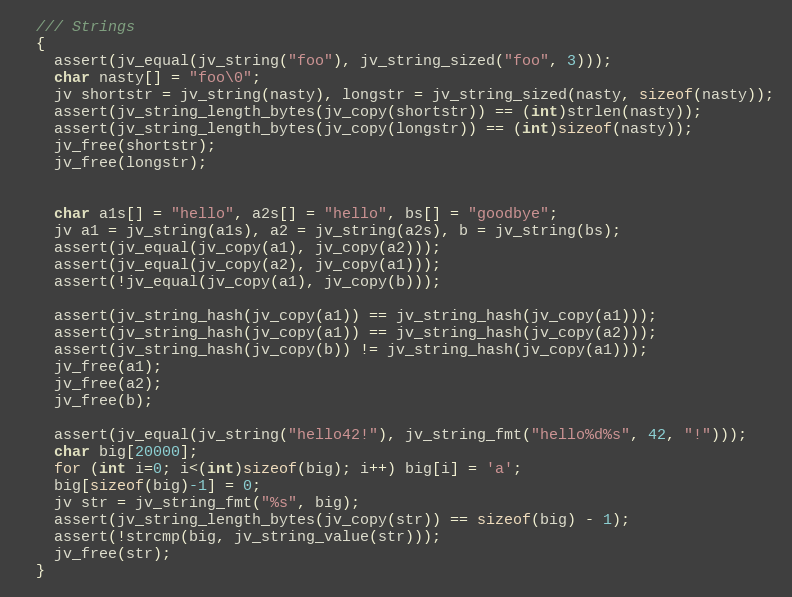
Language: C
  /// Strings
  {
    assert(jv_equal(jv_string("foo"), jv_string_sized("foo", 3)));
    char nasty[] = "foo\0";
    jv shortstr = jv_string(nasty), longstr = jv_string_sized(nasty, sizeof(nasty));
    assert(jv_string_length_bytes(jv_copy(shortstr)) == (int)strlen(nasty));
    assert(jv_string_length_bytes(jv_copy(longstr)) == (int)sizeof(nasty));
    jv_free(shortstr);
    jv_free(longstr);

    char a1s[] = "hello", a2s[] = "hello", bs[] = "goodbye";
    jv a1 = jv_string(a1s), a2 = jv_string(a2s), b = jv_string(bs);
    assert(jv_equal(jv_copy(a1), jv_copy(a2)));
    assert(jv_equal(jv_copy(a2), jv_copy(a1)));
    assert(!jv_equal(jv_copy(a1), jv_copy(b)));

    assert(jv_string_hash(jv_copy(a1)) == jv_string_hash(jv_copy(a1)));
    assert(jv_string_hash(jv_copy(a1)) == jv_string_hash(jv_copy(a2)));
    assert(jv_string_hash(jv_copy(b)) != jv_string_hash(jv_copy(a1)));
    jv_free(a1);
    jv_free(a2);
    jv_free(b);

    assert(jv_equal(jv_string("hello42!"), jv_string_fmt("hello%d%s", 42, "!")));
    char big[20000];
    for (int i=0; i<(int)sizeof(big); i++) big[i] = 'a';
    big[sizeof(big)-1] = 0;
    jv str = jv_string_fmt("%s", big);
    assert(jv_string_length_bytes(jv_copy(str)) == sizeof(big) - 1);
    assert(!strcmp(big, jv_string_value(str)));
    jv_free(str);
  }